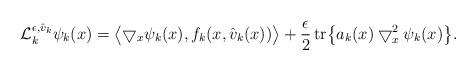
LaTeX: \begin{align*}\mathcal{L}_{k}^{\epsilon,\hat{v}_k} \psi_k(x) = \bigl \langle \bigtriangledown_x \psi_k(x), f_k(x, \hat{v}_k(x)) \bigr\rangle + \frac{\epsilon}{2} \operatorname{tr}\bigl \{a_k(x)\bigtriangledown_x^2 \psi_k(x) \bigr\}. \end{align*}